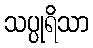
သပ္ပုရိသာ